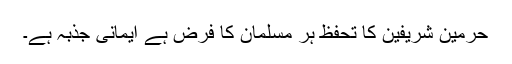
حرمین شریفین کا تحفظ ہر مسلمان کا فرض ہے ایمانی جذبہ ہے۔